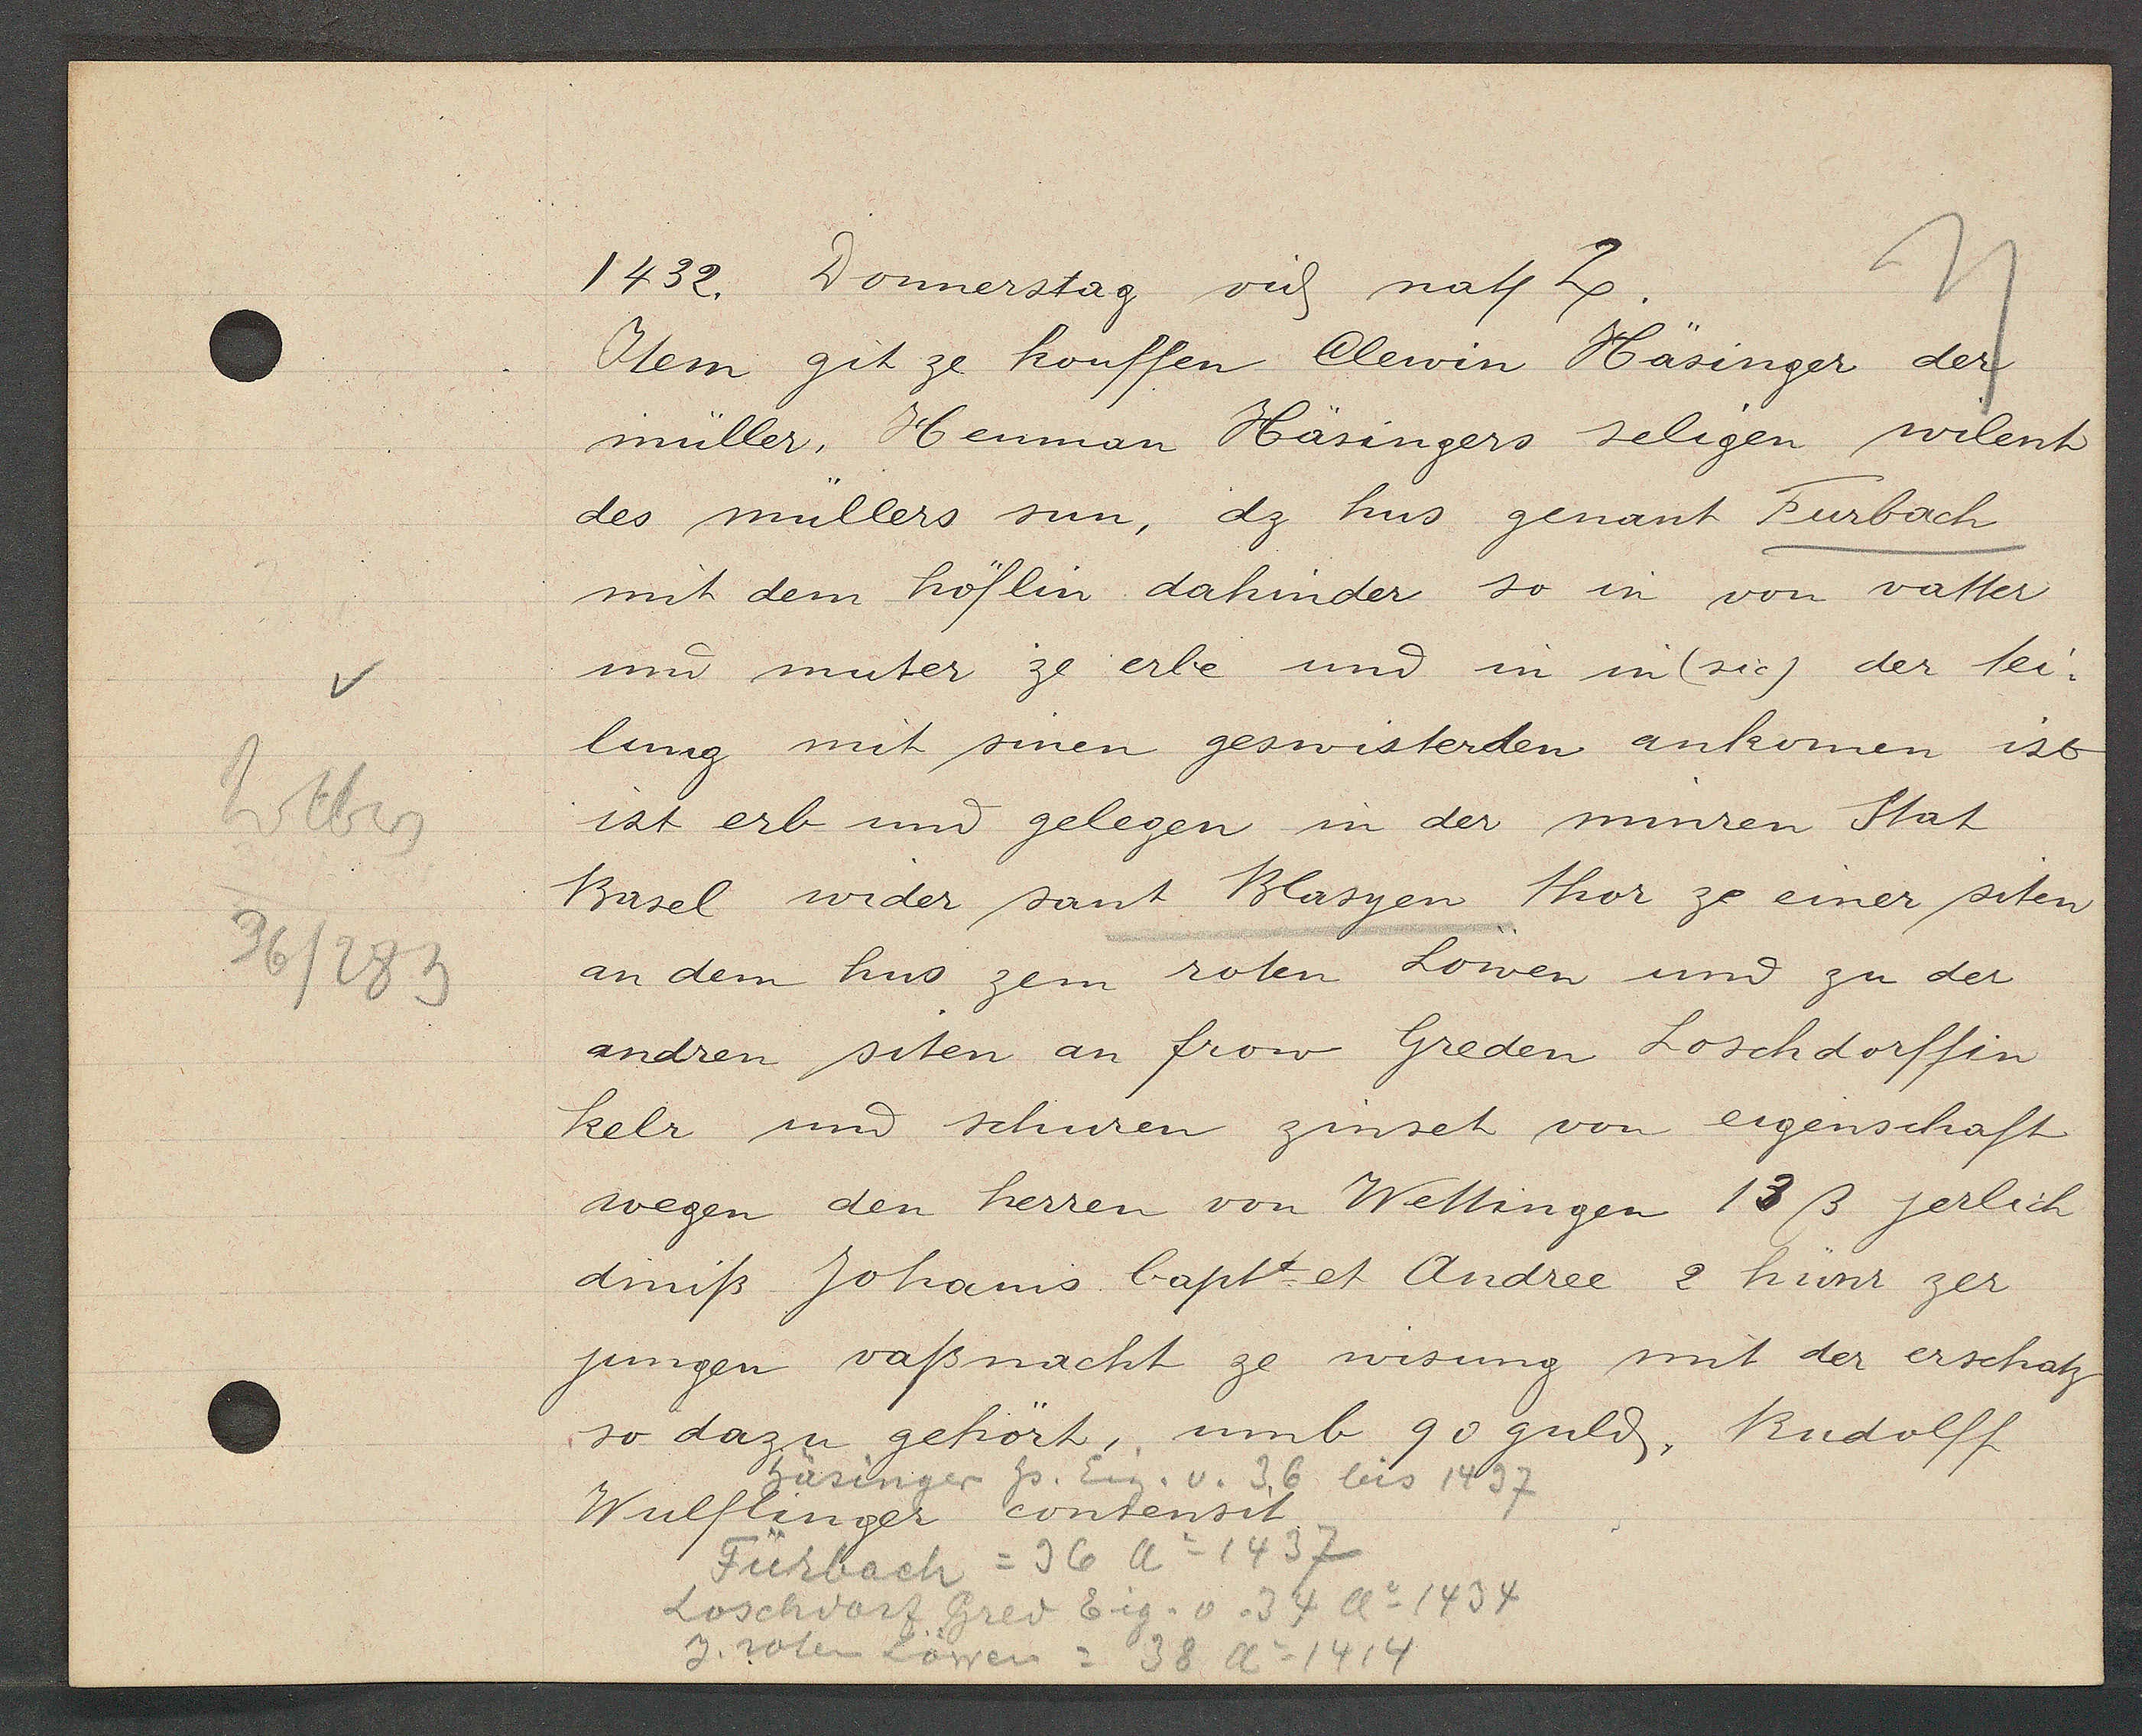
Transcript:
Weberg
36/283

1432.
Donnerstag vid nat. lx.

Item git ze kouffen Clewin Häsinger der
müller, Henman Häsingers seligen wilent
des müllers sun, dz hus genant Furbach
mit dem höflin dahinder so in von vatter
und muter ze erbe und in in (sie) der tei¬
lung mit sinen geswisterden ankomen ist
ist erb und gelegen in der minren Stat
Basel wider sant Blasyen thor ze einer siten
an dem hus zem roten Löwen und zu der
andren siten an frow Greden Loschdorffin
kelr und schuren zinset von eigenschaft
wegen den herren von Wettingen 13ß jerlich
diniß Johannis bapttet Andree 2 hünr zer
jungen vaßnacht ze wisung mit der erschatz
so dazu gehört, umb 90 guld, Rudolff
Wulflinger consensit.

bäsinger hs. Eig. v. 36 bis 1437

Fürbach = 96 Ao 1437
Loschdorf Gred Eig. v. 34 Ao 1434
z. roten Löwen = 38 Ao 1414